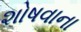
શોષવાના